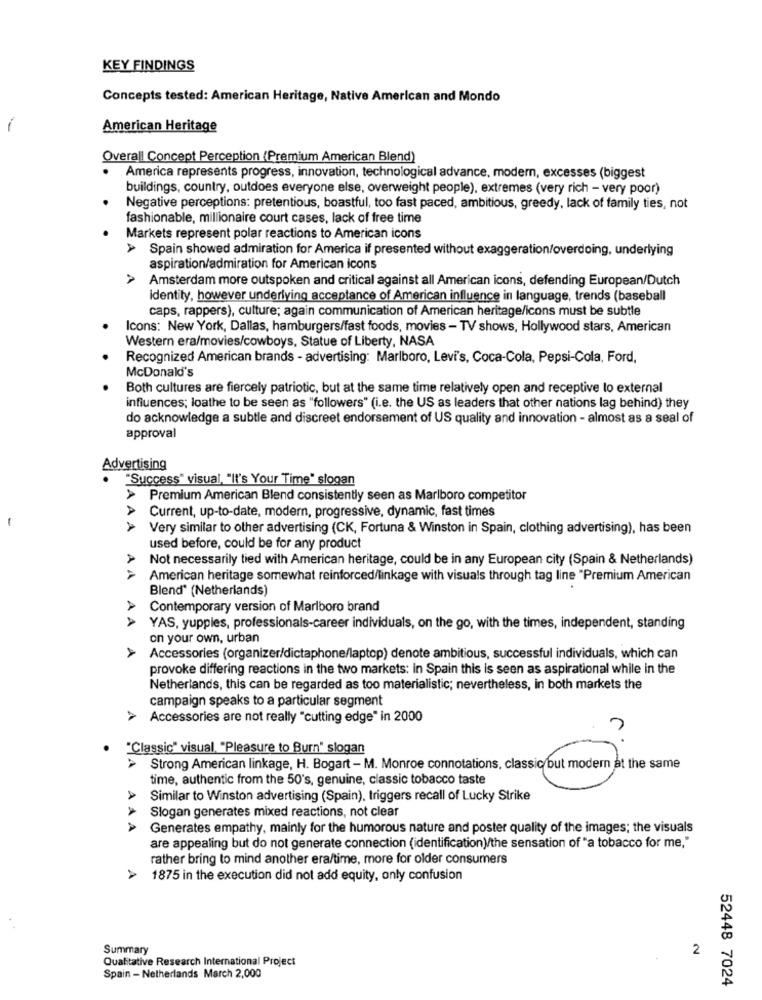
KEY FINDINGS
Concepts tested: American Heritage, Native American and Mondo
-
American Heritage
Overall Concept Perception (Premium American Blend)
America represents progress, innovation, technological advance, modern, excesses (biggest
buildings, country, outdoes everyone else, overweight people), extremes (very rich - very poor)
Negative perceptions: pretentious, boastful, too fast paced, ambitious, greedy, lack of family ties, not
fashionable, millionaire court cases, lack of free time
Markets represent polar reactions to American icons
> Spain showed admiration for America if presented without exaggeration/overdoing, underlying
aspiration/admiration for American icons
A
Amsterdam more outspoken and critical against all American icons, defending European/Dutch
identity, however underlying acceptance of American influence in language, trends (baseball
caps, rappers), culture; again communication of American heritage/icons must be subtle
Icons: New York, Dallas, hamburgers/fast foods, movies - TV shows, Hollywood stars, American
Western era/movies/cowboys, Statue of Liberty, NASA
Recognized American brands - advertising: Marlboro, Levi's, Coca-Cola, Pepsi-Cola, Ford,
McDonald's
Both cultures are fiercely patriotic, but at the same time relatively open and receptive lo external
influences; loathe to be seen as "followers" (i.e. the US as leaders that other nations lag behind) they
do acknowledge a subtle and discreet endorsement of US quality and innovation - almost as a seal of
approval
Advertising
"Success" visual, "It's Your Time" slogan
> Premium American Blend consistently seen as Marlboro competitor
Current, up-to-date, modern, progressive, dynamic, fast times
-
AAA
Very similar to other advertising (CK, Fortuna & Winston in Spain, clothing advertising), has been
used before, could be for any product
Not necessarily tied with American heritage, could be in any European city (Spain & Netherlands)
American heritage somewhat reinforced/linkage with visuals through tag line "Premium American
Blend' (Netherlands)
Contemporary version of Marlboro brand
AA AA
YAS, yuppies, professionals-career individuals, on the go, with the times, independent, standing
on your own, urban
A
Accessories (organizer/dictaphone/laptop) denote ambitious, successful individuals, which can
provoke differing reactions in the two markets: in Spain this is seen as aspirational while in the
Netherlands, this can be regarded as too materialistic; nevertheless, in both markets the
campaign speaks to a particular segment
> Accessories are not really "cutting edge" in 2000
7
"Classic" visual, "Pleasure to Burn" slogan
Strong American linkage, H. Bogart - M. Monroe connotations, classic but modern at the same
time, authentic from the 50's, genuine, classic tobacco taste
Ul modem Bil
Similar to Winston advertising (Spain), triggers recall of Lucky Strike
Slogan generates mixed reactions, not clear
AAA
Generates empathy, mainly for the humorous nature and poster quality of the images; the visuals
are appealing but do not generate connection (identification)/the sensation of "a tobacco for me,"
rather bring to mind another era/time, more for older consumers
1875 in the execution did not add equity, only confusion
Summary
2
Qualitative Research International Project
Spain - Netherlands March 2,000
52448 7024